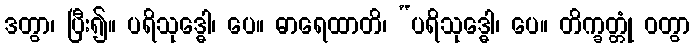
ဒတွာ၊ ပြီး၍။ ပရိသုဒ္ဓေါ၊ ပေ။ ဓာရေထာတိ၊ “ပရိသုဒ္ဓေါ၊ ပေ။ တိက္ခတ္တုံ ဝတွာ